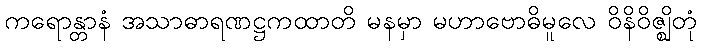
ကရောန္တာနံ အသာဓာရဏဋ္ဌကထာတိ မနမှာ မဟာဗောဓိမူလေ ဝိနိဝိဇ္ဈိတုံ